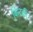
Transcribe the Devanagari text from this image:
बिन्‍दकी